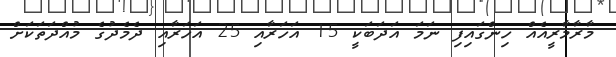
މާރާމާރީއެއް ހިންގައިފި ނަމަ އަދަބަކީ 15 އަހަރާއި 25 އަހަރާއި ދެމެދުގެ މުއްދަތަކަށް